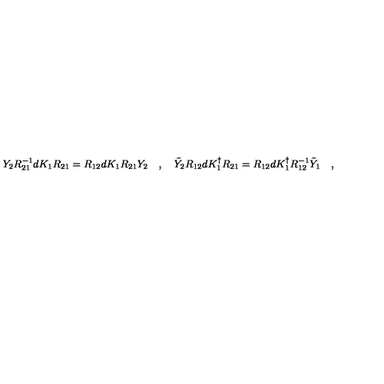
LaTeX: Y _ { 2 } R _ { 2 1 } ^ { - 1 } d K _ { 1 } R _ { 2 1 } = R _ { 1 2 } d K _ { 1 } R _ { 2 1 } Y _ { 2 } \quad , \quad \tilde { Y } _ { 2 } R _ { 1 2 } d K _ { 1 } ^ { \dagger } R _ { 2 1 } = R _ { 1 2 } d K _ { 1 } ^ { \dagger } R _ { 1 2 } ^ { - 1 } \tilde { Y } _ { 1 } \quad ,